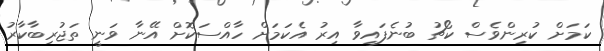
ކަމަށް ކުރިންވެސް ކޯޗު ބުނެފައިވާ އިރު އެކަމަށް ހާއްސަކޮށް އޭނާ ވަނީ ތަޖުރިބާކާރު